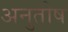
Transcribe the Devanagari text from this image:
अनुुतोष